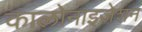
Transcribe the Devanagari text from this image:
कालोनाइजेशन